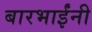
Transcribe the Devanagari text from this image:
बारभाईंनी